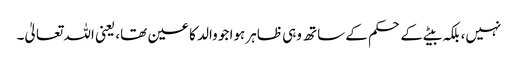
نہیں، بلکہ بیٹے کے حکم کے ساتھ وہی ظاہر ہوا جو والد کا عین تھا، یعنی اللہ تعالیٰ۔